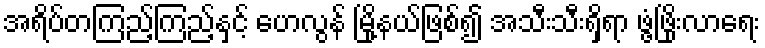
အရိပ်တကြည့်ကြည့်နှင့် ဟေလွန် မြို့နယ်ဖြစ်၍ အသီးသီးရှိရာ ဖွံ့ဖြိုးလာရေး